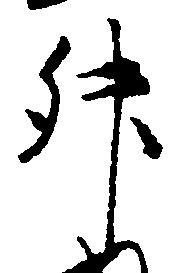
升